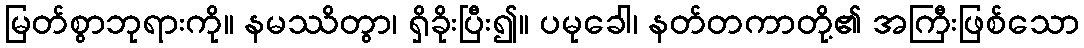
မြတ်စွာဘုရားကို။ နမဿိတွာ၊ ရှိခိုးပြီး၍။ ပမုခေါ၊ နတ်တကာတို့၏ အကြီးဖြစ်သော